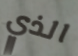
الذي